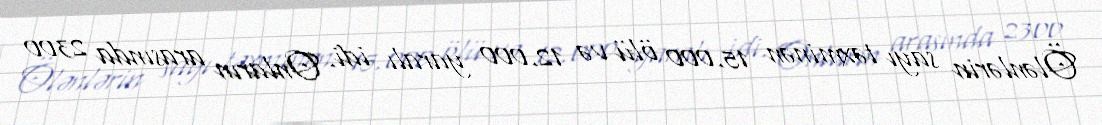
Ölənlərin sayı təxminən 15.000 ölü və 12.000 yaralı idi. Onların arasında 2300